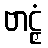
ဗာဠှံ